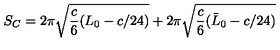
S _ { C } = 2 \pi \sqrt { { \frac { c } { 6 } } ( L _ { 0 } - c / 2 4 ) } + 2 \pi \sqrt { { \frac { c } { 6 } } ( \bar { L } _ { 0 } - c / 2 4 ) }